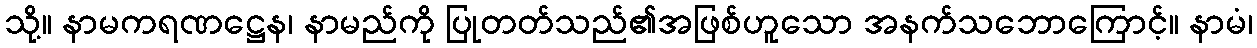
သို့။ နာမကရဏဋ္ဌေန၊ နာမည်ကို ပြုတတ်သည်၏အဖြစ်ဟူသော အနက်သဘောကြောင့်။ နာမံ၊